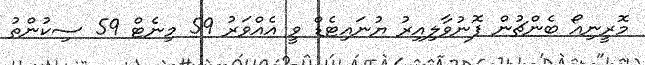
މޮރީނިއޯ ބެންޗުން ފޮނުވާލިއިރު ޔުނައިޓެޑް ވީ އެއްވަރު 59 މިނެޓް 59 ސިކުންތު